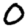
Digit: 0